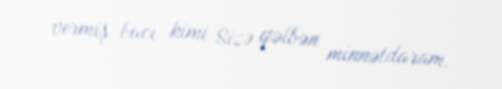
vermiş bacı kimi Sizə qəlbən minnətdaram.